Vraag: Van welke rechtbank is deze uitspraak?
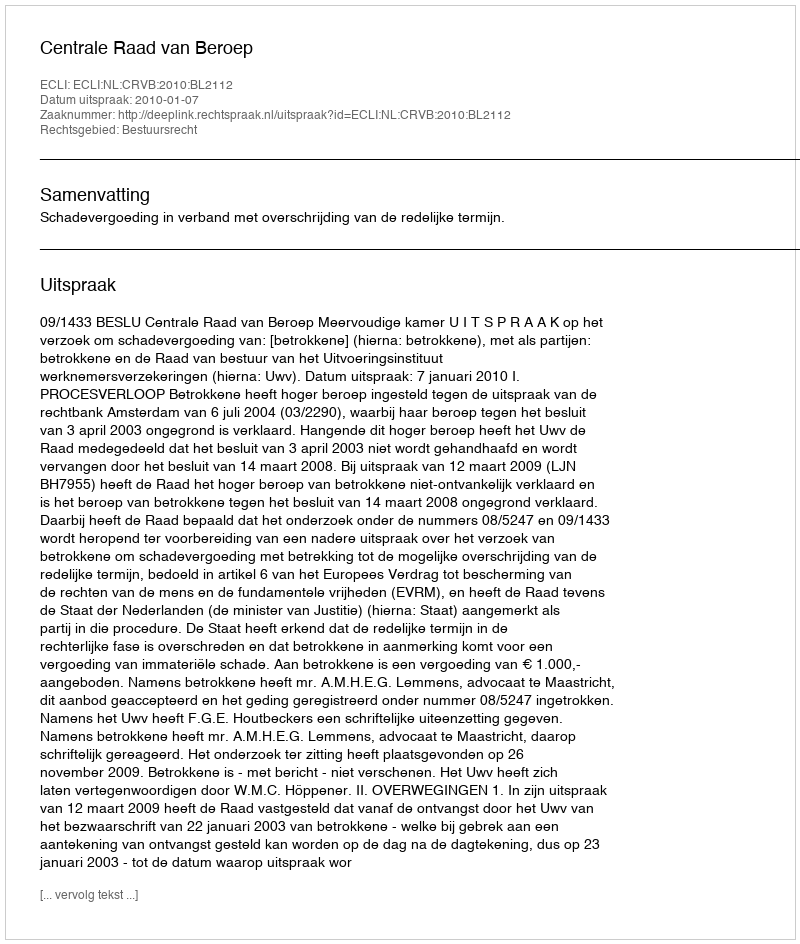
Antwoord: Centrale Raad van Beroep